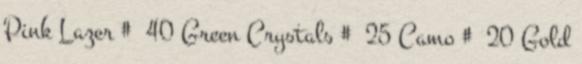
Pink Lazer # 40 Green Crystals # 25 Camo # 20 Gold